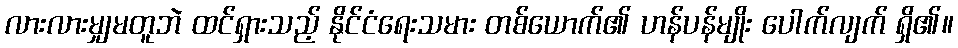
လားလားမျှမတူဘဲ ထင်ရှားသည့် နိုင်ငံရေးသမား တစ်ယောက်၏ ဟန်ပန်မျိုး ပေါက်လျက် ရှိ၏။